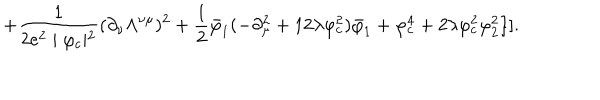
+ \frac { 1 } { 2 e ^ { 2 } \mid \varphi _ { c } \mid ^ { 2 } } ( \partial _ { \nu } \Lambda ^ { \nu \mu } ) ^ { 2 } + \frac { 1 } { 2 } \bar { \varphi } _ { 1 } ( - \partial _ { \mu } ^ { 2 } + 1 2 \lambda \varphi _ { c } ^ { 2 } ) \bar { \varphi } _ { 1 } + \varphi _ { c } ^ { 4 } + 2 \lambda \varphi _ { c } ^ { 2 } \varphi _ { 2 } ^ { 2 } \} ] .